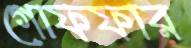
গোফফার